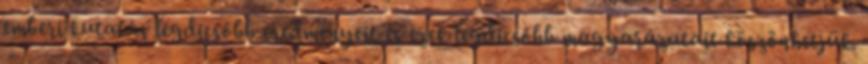
emberi kutatás legdicsőbb eredményeit és ezek legdicsőbb magyarázatait köszönhetjük.